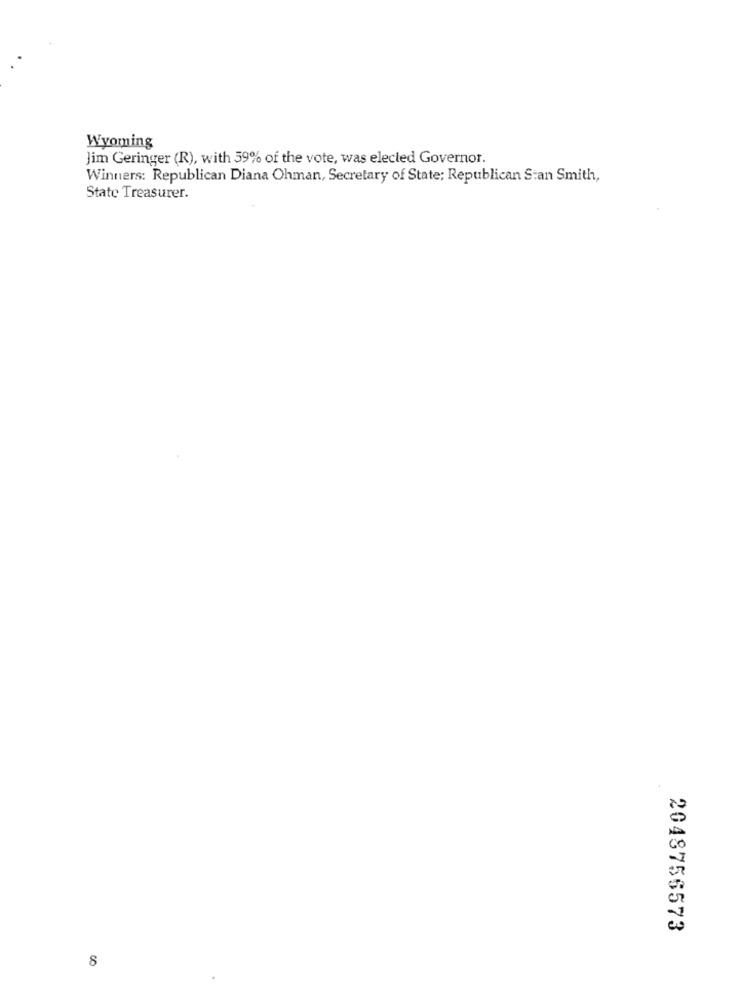
Wyoming
Jim Geringer (R), with 39% of the vote, was elected Governor.
Winners: Republican Diana Ohman, Secretary of State; Republican Stan Smith,
State Treasurer.
2048756573
8